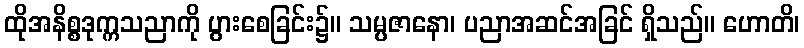
ထိုအနိစ္စဒုက္ကသညာကို ပွားစေခြင်း၌။ သမ္ပဇာနော၊ ပညာအဆင်အခြင် ရှိသည်။ ဟောတိ၊